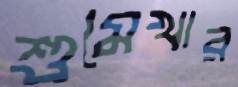
শুমেখার